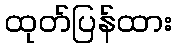
ထုတ်ပြန်ထား